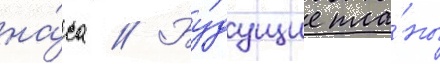
на́са // Бу́дущие пла́ны